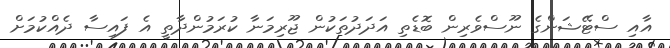
އާއި ސްޓޭޝަންގެ ނޫސްވެރިން ބޮޑެތި އަދަދުތަކުން ޖޫރިމަނާ ކުރަމުންދާތީ އެ ފައިސާ ދެއްކުމަށް